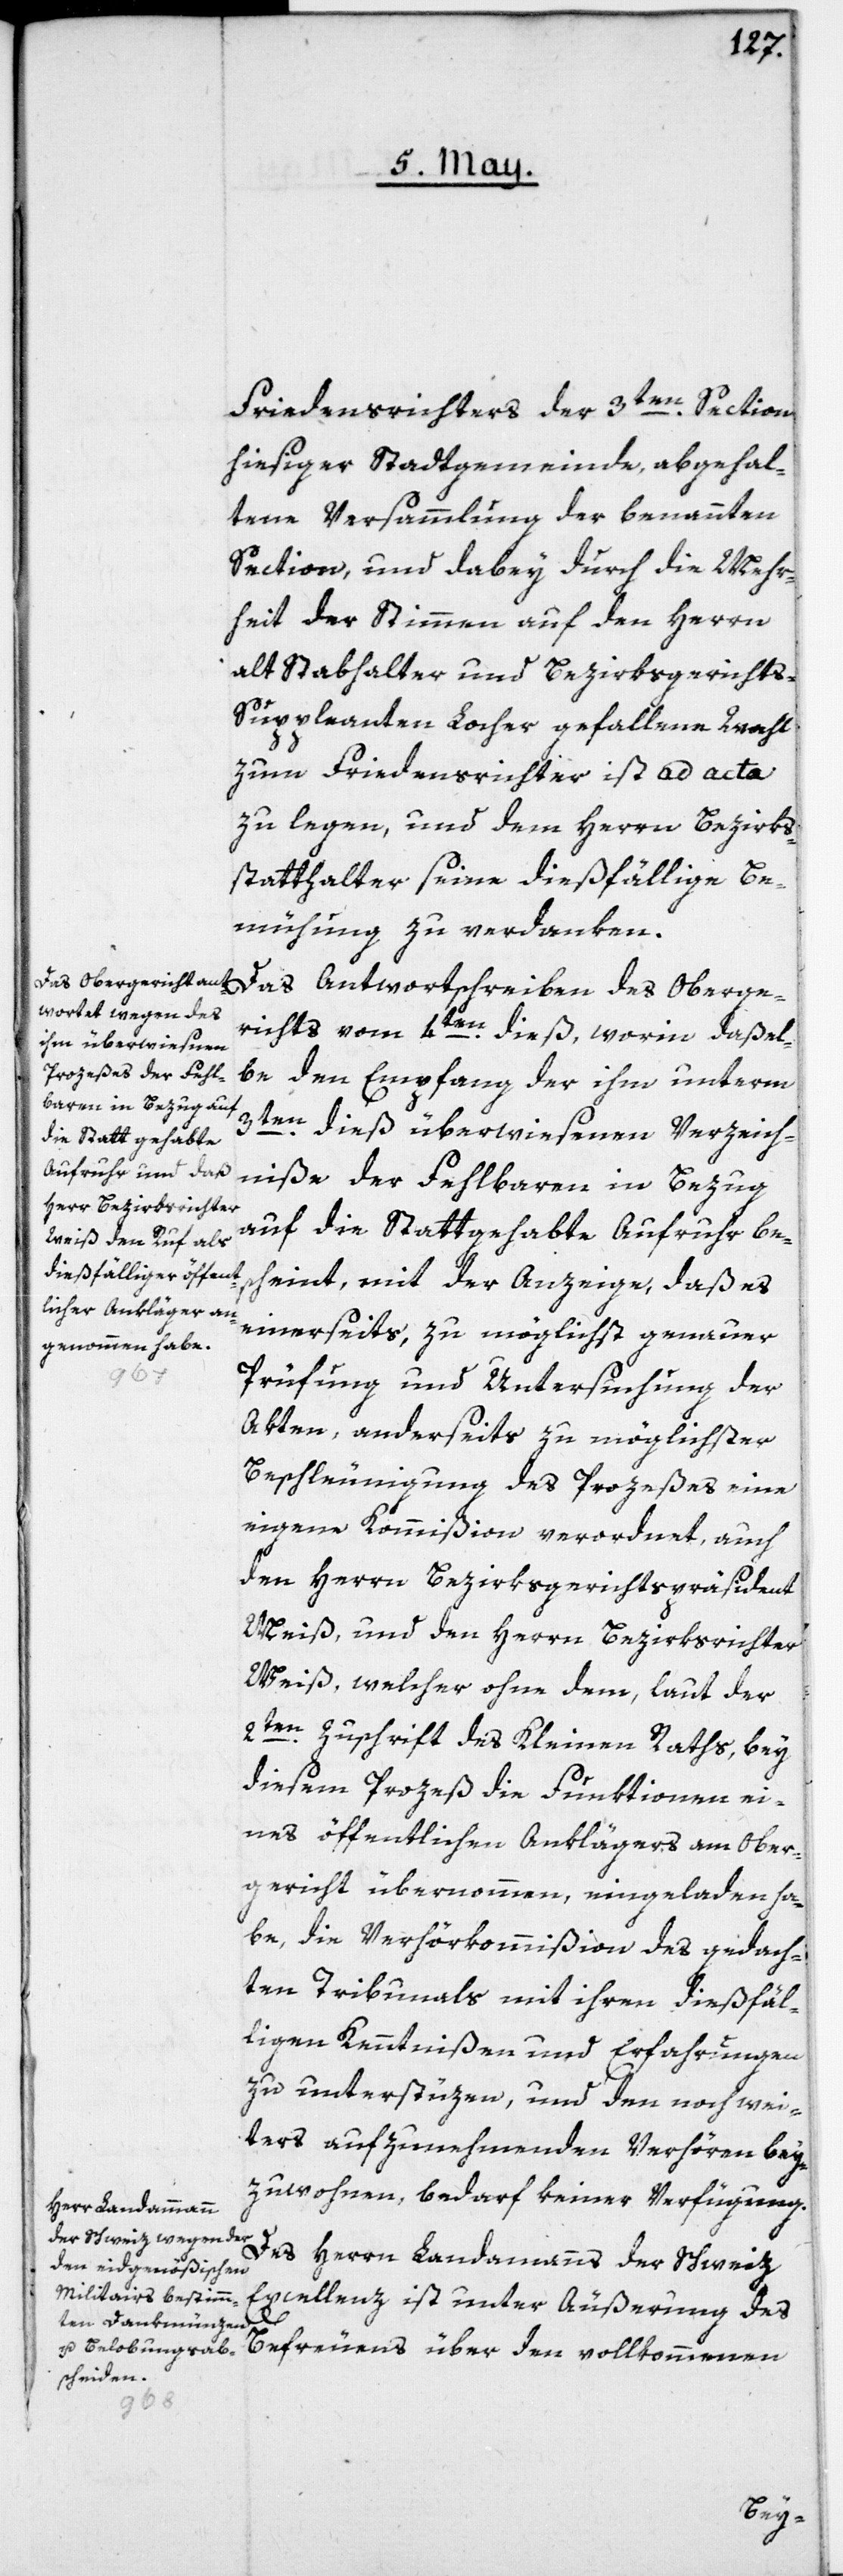
Friedensrichters der 3ten Section
hiesiger Stadtgemeinde, abgehal¬
tene Versammlung der benannten
Section, und dabey durch die Mehr¬
heit der Stimmen auf den Herrn
alt Stabhalter und Bezirksgerichts-S¬
uppleanten Locher gefallene Wahl
zum Friedensrichter ist ad acta
zu legen, und dem Herrn Bezirks¬
statthalter seine dießfällige Be¬
mühung zu verdanken.
Das Antwortschreiben des Oberge¬
richts vom 4ten dieß, worin daßel¬
be den Empfang der ihm unterm
3ten dieß überwiesenen Verzeich¬
niße der Fehlbaren in Bezug
auf die Statt gehabte Aufruhr be¬
scheint, mit der Anzeige, daß es
einerseits, zu möglichst genauer
Prüfung und Untersuchung der
Akten, anderseits zu möglichster
Beschleunigung des Prozeßes eine
eigene Kommißion verordnet, auch
den Herrn Bezirksgerichtspräsident
Meiß, und den Herrn Bezirksrichter
Meiß, welcher ohne dem, laut der
2ten Zuschrift des Kleinen Raths, bey
diesem Prozeß die Funktionen ei¬
nes öffentlichen Anklägers am Ober¬
gericht übernommen, eingeladen ha¬
be, die Verhörkommißion des gedach¬
ten Tribunals mit ihren dießfäl¬
ligen Kenntnißen und Erfahrungen
zu unterstüzen, und den noch wei¬
ters aufzunehmenden Verhören bey¬
zuwohnen, bedarf keiner Verfügung.
Des Herrn Landammanns der Schweiz
Excellenz ist unter Äußerung des
Befreuens über den vollkommenen